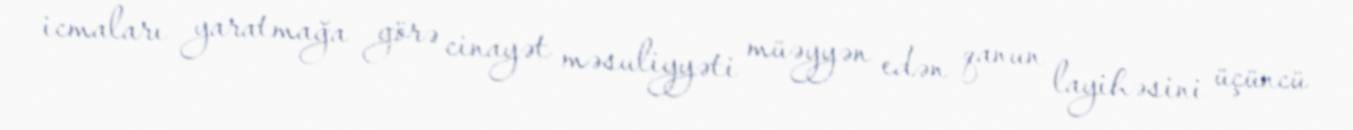
icmaları yaratmağa görə cinayət məsuliyyəti müəyyən edən qanun layihəsini üçüncü